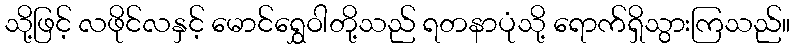
သို့ဖြင့် လဖိုင်လနှင့် မောင်ရွှေဝါတို့သည် ရတနာပုံသို့ ရောက်ရှိသွားကြသည်။